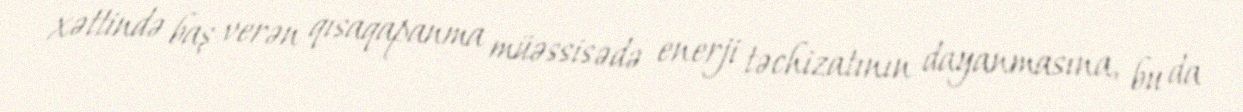
xəttində baş verən qısaqapanma müəssisədə enerji təchizatının dayanmasına, bu da